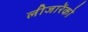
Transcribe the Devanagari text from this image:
लीजारेंको